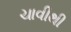
ચાવીથી